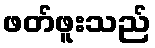
ဖတ်ဖူးသည်